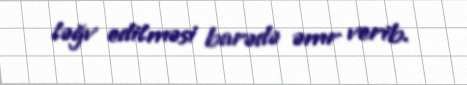
ləğv edilməsi barədə əmr verib.